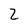
Character: 2